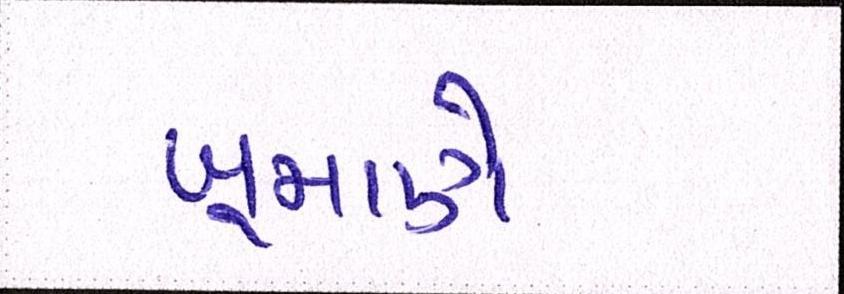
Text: ખૂમાણે